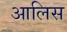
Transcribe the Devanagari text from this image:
आलिस